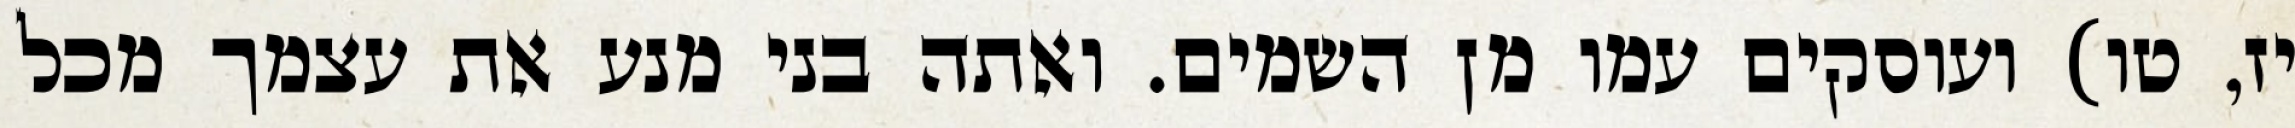
יז, טו) ועוסקים עמו מן השמים. ואתה בני מנע את עצמך מכל